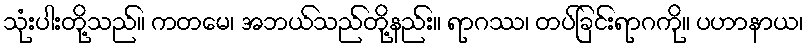
သုံးပါးတို့သည်။ ကတမေ၊ အဘယ်သည်တို့နည်း။ ရာဂဿ၊ တပ်ခြင်းရာဂကို။ ပဟာနာယ၊